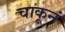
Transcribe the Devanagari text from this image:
चाकूनं